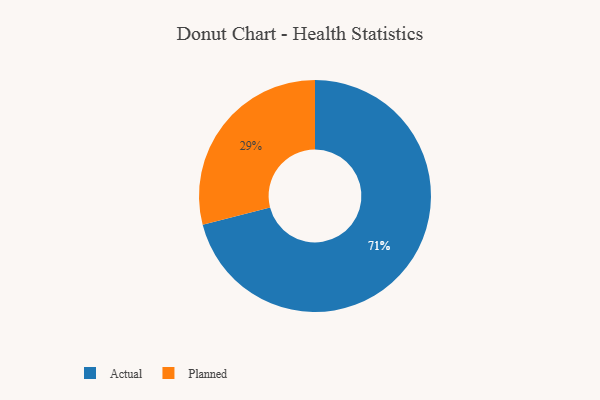
{"axis": {"x": "Category", "y": "Percentage"}, "legend": ["Actual", "Planned"], "data": [{"x": "Actual", "y": 71, "type": "Actual"}, {"x": "Planned", "y": 29, "type": "Planned"}]}